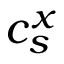
c _ { s } ^ { x }